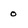
Character: 0